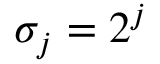
\sigma _ { j } = 2 ^ { j }